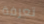
تعرفة